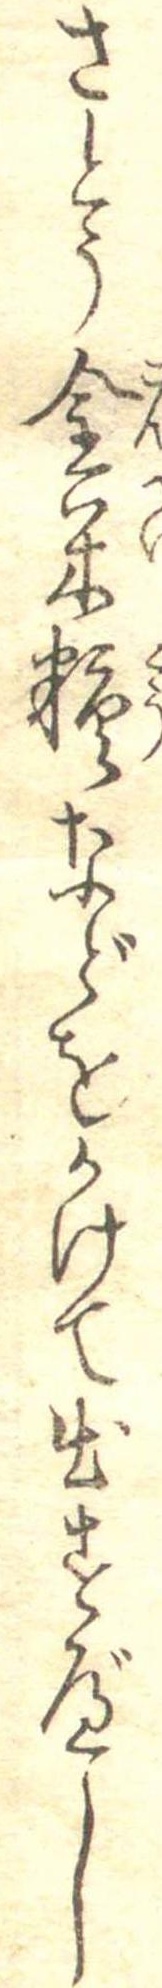
さとう金米糖などをかけて出すべし